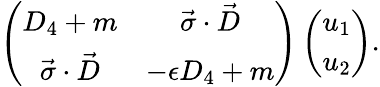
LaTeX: \left(\begin{array}{cc}{{D_{4}+m}}&{{\vec{\sigma}\cdot\vec{D}}}\\ {{\vec{\sigma}\cdot\vec{D}}}&{{-\epsilon D_{4}+m}}\end{array}\right)\left(\begin{array}{c}{{u_{1}}}\\ {{u_{2}}}\end{array}\right).